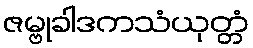
ဇမ္ဗုခါဒကသံယုတ္တံ